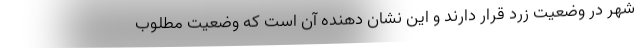
شهر در وضعیت زرد قرار دارند و این نشان دهنده آن است که وضعیت مطلوب